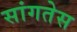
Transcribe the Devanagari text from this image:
सांगतेस